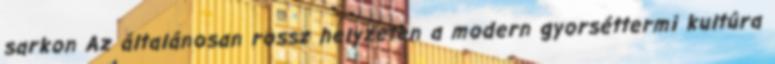
sarkon Az általánosan rossz helyzeten a modern gyorséttermi kultúra